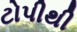
ટોપીથી